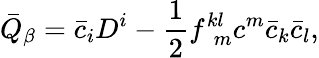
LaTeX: \bar{Q}_{\beta}=\bar{c}_{i}D^{i}-\frac{1}{2}f_{\ \ m}^{kl}c^{m}\bar{c}_{k}\bar{c}_{l},